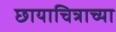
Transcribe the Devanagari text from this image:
छायाचित्राच्या